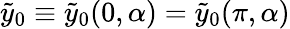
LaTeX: \tilde{y}_{0}\equiv\tilde{y}_{0}(0,\alpha)=\tilde{y}_{0}(\pi,\alpha)